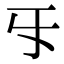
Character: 㸦